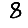
Digit: 8